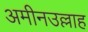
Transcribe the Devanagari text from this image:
अमीनउल्लाह